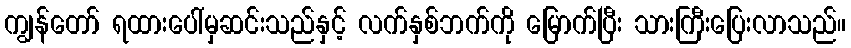
ကျွန်တော် ရထားပေါ်မှဆင်းသည်နှင့် လက်နှစ်ဘက်ကို မြောက်ပြီး သားကြီးပြေးလာသည်။